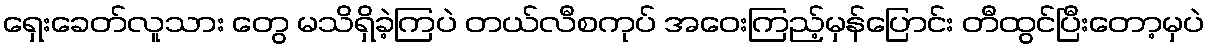
ရှေးခေတ်လူသား တွေ မသိရှိခဲ့ကြပဲ တယ်လီစကုပ် အဝေးကြည့်မှန်ပြောင်း တီထွင်ပြီးတော့မှပဲ